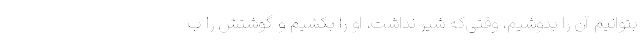
بتوانیم آن را بدوشیم، وقتی‌که شیر نداشت، او را بکشیم و گوشتش را ب